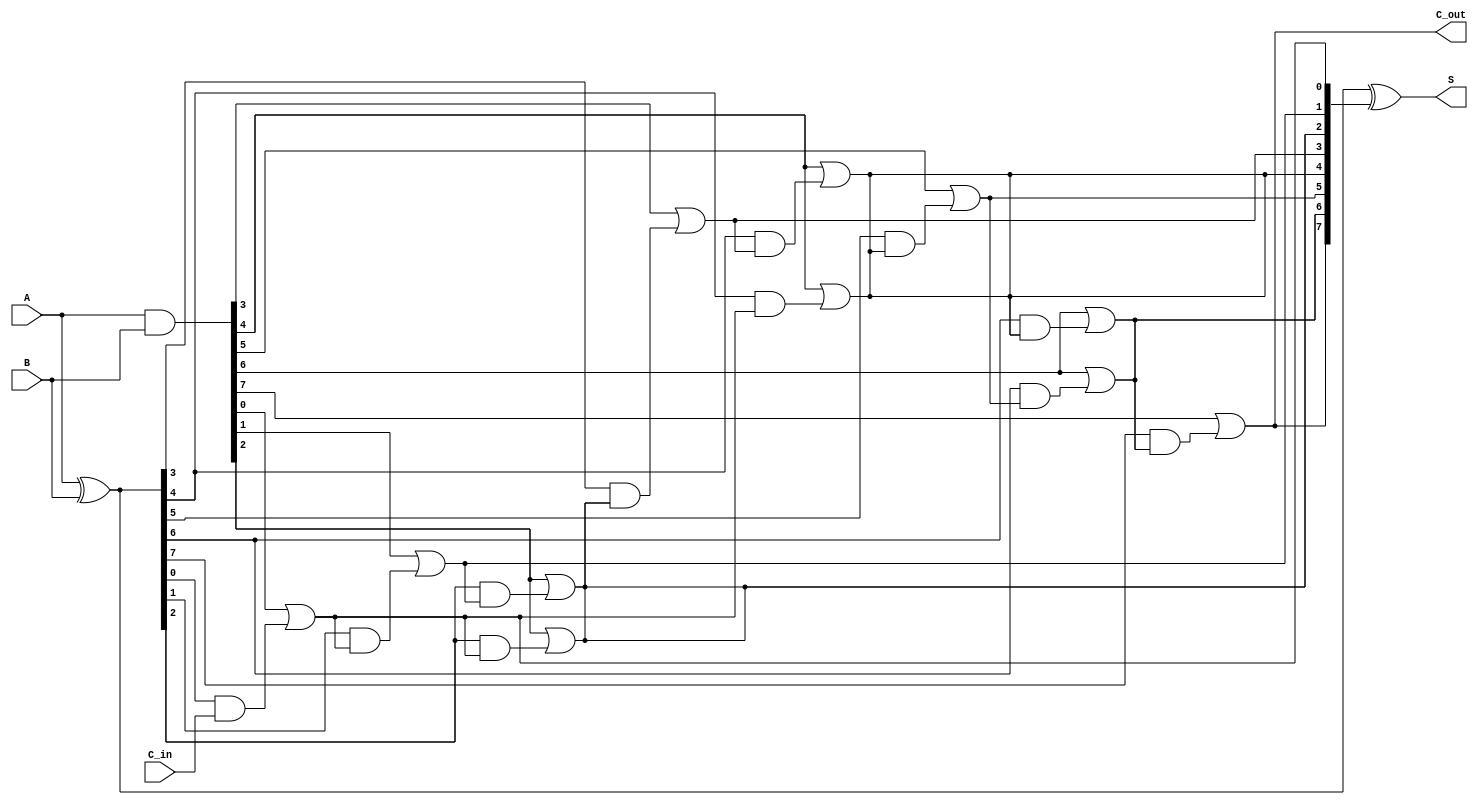
module brent_kung_adder #(
    parameter WIDTH = 8 // Width of the input binary numbers
)(
    input [WIDTH-1:0] A,     // First binary number
    input [WIDTH-1:0] B,     // Second binary number
    input C_in,              // Carry input
    output [WIDTH-1:0] S,    // Sum output
    output C_out             // Carry output
);

    // Generate and propagate signals
    wire [WIDTH-1:0] G; // Generate signals
    wire [WIDTH-1:0] P; // Propagate signals
    wire [WIDTH:0] C;    // Carry signals

    // Generate and Propagate calculations
    assign G = A & B;         // G[i] = A[i] & B[i]
    assign P = A ^ B;         // P[i] = A[i] ^ B[i]

    // Carry initialization
    assign C[0] = C_in;       // C[0] = C_in

    // Carry tree computation
    genvar i, j;
    generate
        // Level 1
        for (i = 0; i < WIDTH; i = i + 1) begin : level1
            assign C[i+1] = G[i] | (P[i] & C[i]);
        end
        
        // Level 2 and beyond
        for (j = 1; j < WIDTH; j = j * 2) begin : levels
            for (i = 0; i < WIDTH; i = i + 1) begin : carry_tree
                if (i % (2 * j) == 0) begin
                    assign C[i+j+1] = G[i+j] | (P[i+j] & C[i+1]);
                end
            end
        end
    endgenerate

    // Sum calculation
    assign S = P ^ C[WIDTH:1]; // S[i] = P[i] ^ C[i]

    // Final carry out
    assign C_out = C[WIDTH];

endmodule